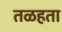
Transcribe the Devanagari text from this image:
तळहता